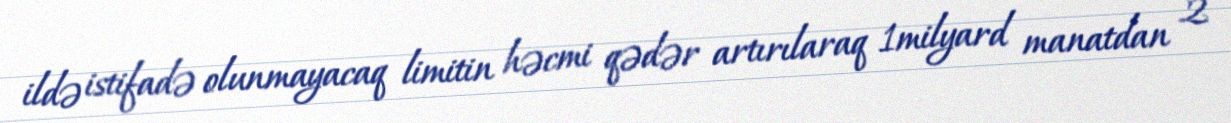
ildə istifadə olunmayacaq limitin həcmi qədər artırılaraq 1milyard manatdan 2